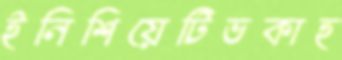
ইনিশিয়েটিভকাহ